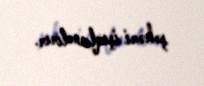
şəhəri işıqlandırır.